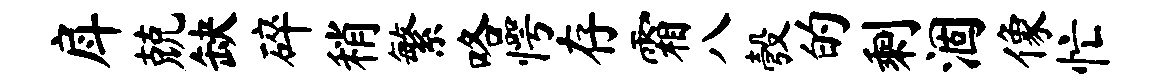
戽兢缺碎稍繁咯愕存霜八彀的剩涸像忙